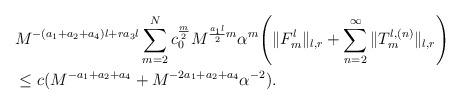
LaTeX: \begin{align*}&M^{-(a_1+a_2+a_4)l+ra_3l}\sum_{m=2}^Nc_0^{\frac{m}{2}}M^{\frac{a_1 l}{2}m}\alpha^m\Bigg(\|F_m^l\|_{l,r}+\sum_{n=2}^{\infty}\|T_m^{l,(n)}\|_{l,r}\Bigg)\\&\le c (M^{-a_1+a_2+a_4}+M^{-2a_1+a_2+a_4}\alpha^{-2}).\end{align*}